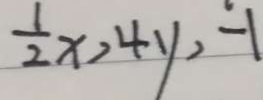
\frac { 1 } { 2 } x > 4 y > - 1